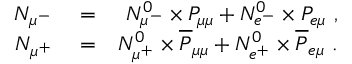
\begin{array} { r l r } { N _ { \mu ^ { - } } } & { { } = } & { N _ { \mu ^ { - } } ^ { 0 } \times P _ { \mu \mu } + N _ { e ^ { - } } ^ { 0 } \times P _ { e \mu } ~ , } \\ { N _ { \mu ^ { + } } } & { { } = } & { N _ { \mu ^ { + } } ^ { 0 } \times \overline { { P } } _ { \mu \mu } + N _ { e ^ { + } } ^ { 0 } \times \overline { { P } } _ { e \mu } ~ . } \end{array}